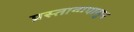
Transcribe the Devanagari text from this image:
प्रस्तावापासुन